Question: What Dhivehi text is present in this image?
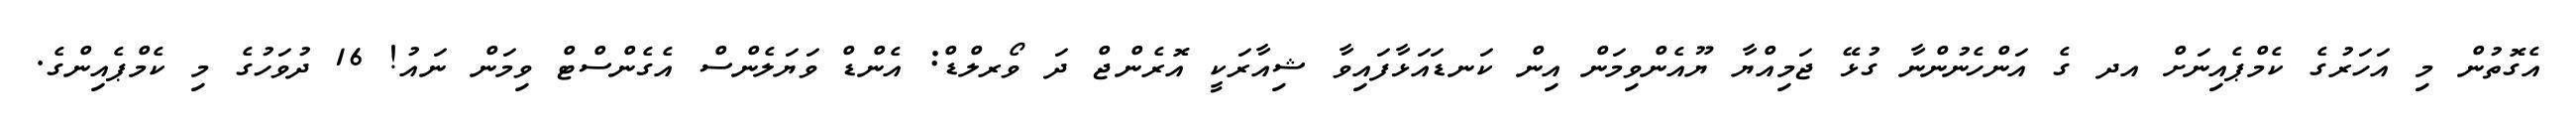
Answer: އެގޮތުން މި އަހަރުގެ ކެމްޕެއިނަށް އދ ގެ އަންހެނުންނާ ގުޅޭ ޖަމިއްޔާ ޔޫއެންވިމަން އިން ކަނޑައަޅާފައިވާ ޝިއާރަކީ އޮރެންޖް ދަ ވޯރލްޑް: އެންޑް ވަޔަލެންސް އެގެންސްޓް ވިމަން ނައު! 16 ދުވަހުގެ މި ކެމްޕެއިންގެ.